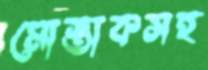
মোস্তাকসহ